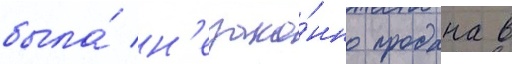
была́ н'езако́нно продана в